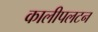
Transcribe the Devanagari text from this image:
कालीपलटन